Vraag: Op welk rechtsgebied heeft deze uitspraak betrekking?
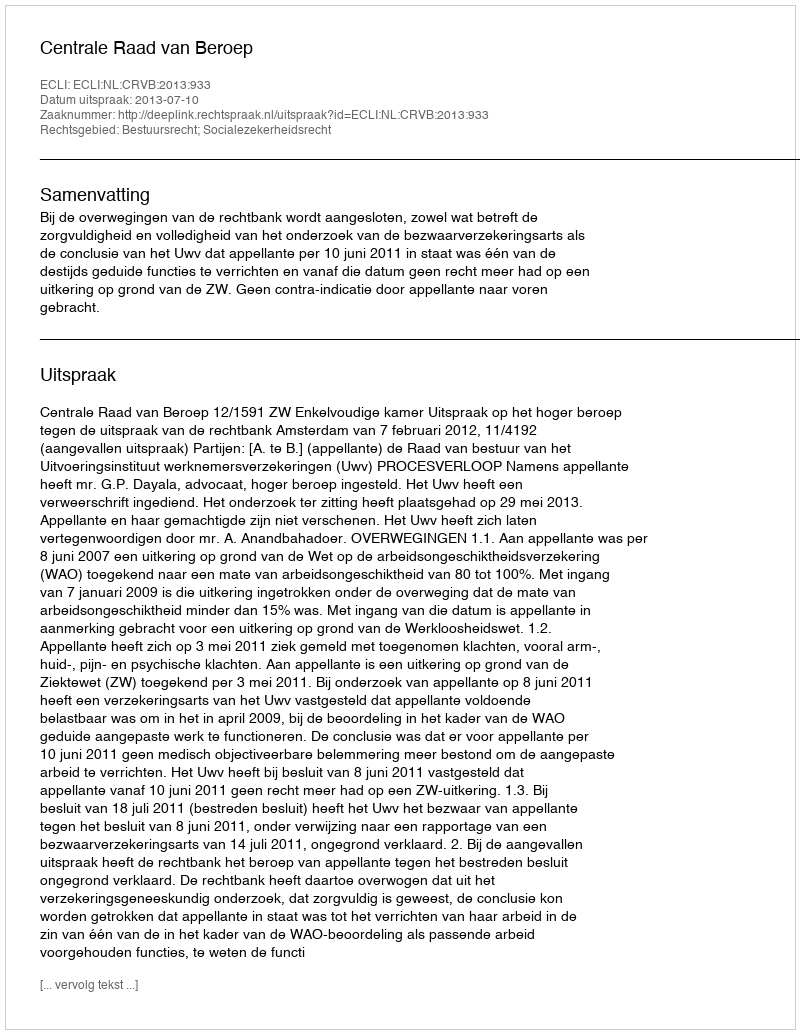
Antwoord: Bestuursrecht; Socialezekerheidsrecht